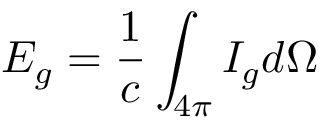
E _ { g } = \frac { 1 } { c } \int _ { 4 \pi } I _ { g } d \Omega